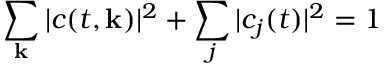
\sum _ { { \bf k } } | c ( t , { \bf k } ) | ^ { 2 } + \sum _ { j } | c _ { j } ( t ) | ^ { 2 } = 1